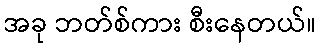
အခု ဘတ်စ်ကား စီးနေတယ်။